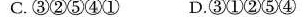
C.③②⑤④① D.③①②⑤④